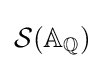
{\mathcal {S}}(\mathbb {A} _{\mathbb {Q} })